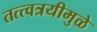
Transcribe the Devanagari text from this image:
तत्त्वत्रयीमुळे